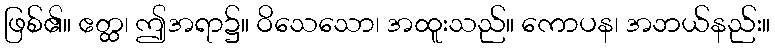
ဖြစ်၏။ ဧတ္ထ၊ ဤအရာ၌။ ဝိသေသော၊ အထူးသည်။ ကောပန၊ အဘယ်နည်း။